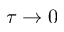
\tau \rightarrow 0